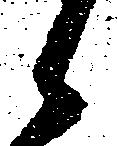
候